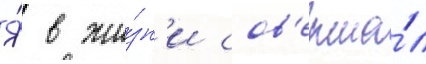
Я́ в жи́зн'и сов'ерша́л